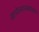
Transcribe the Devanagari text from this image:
खगोलशास्त्रज्ञावरुन